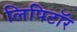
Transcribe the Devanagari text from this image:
लिपिटॉर